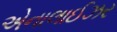
એનાલાઈઝર